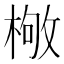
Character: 𣕌